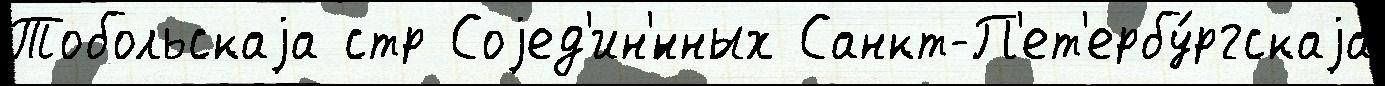
Тобольскаjа стр Соjед'ин'́нных Санкт-П'ет'ербу́ргскаjа